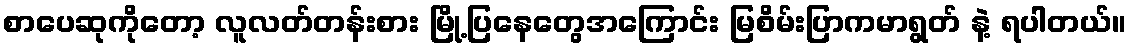
စာပေဆုကိုတော့ လူလတ်တန်းစား မြို့ပြနေတွေအကြောင်း မြစိမ်းပြာကမာရွတ် နဲ့ ရပါတယ်။